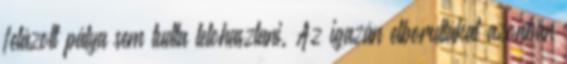
felázott pálya sem tudta lelohasztani. Az igazán elborultakat azonban